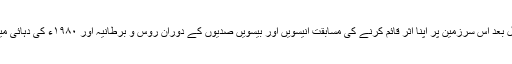
افغانستان میں امریکی مداخلت کے پندرہ سال بعد اس سرزمین پر اپنا اثر قائم کرنے کی مسابقت انیسویں اور بیسویں صدیوں کے دوران روس و برطانیہ اور ۱۹۸۰ء کی دہائی میں سرد جنگ کے زمانے کی یاد دلاتی ہے۔